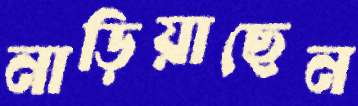
নাড়িয়াছেন